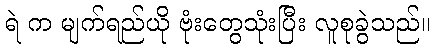
ရဲ က မျက်ရည်ယို ဗုံးတွေသုံးပြီး လူစုခွဲသည်။